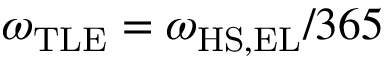
\omega _ { \mathrm { T L E } } = \omega _ { \mathrm { H S , E L } } / 3 6 5